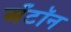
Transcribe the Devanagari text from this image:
अँटॉन